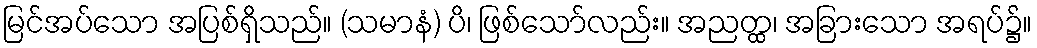
မြင်အပ်သော အပြစ်ရှိသည်။ (သမာနံ) ပိ၊ ဖြစ်သော်လည်း။ အညတ္ထ၊ အခြားသော အရပ်၌။